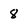
Character: 8